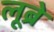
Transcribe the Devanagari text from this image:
लूब्रे